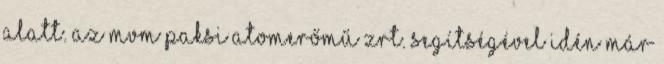
alatt. Az MVM Paksi Atomerőmű Zrt. segítségével idén már